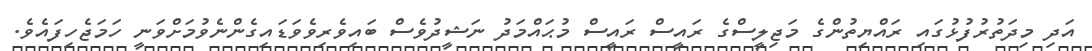
އަދި މިދަތުރުފުޅުގައި ރައްޔިތުންގެ މަޖިލީސްގެ ރައީސް ރައީސް މުޙައްމަދު ނަޝީދުވެސް ބައިވެރިވެވަޑައިގެންނެވުމަށްވަނީ ހަމަޖެހިފައެވެ.